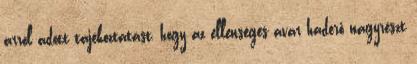
arról adott tájékoztatást, hogy az ellenséges avar haderő nagyrészt